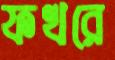
ফখরে